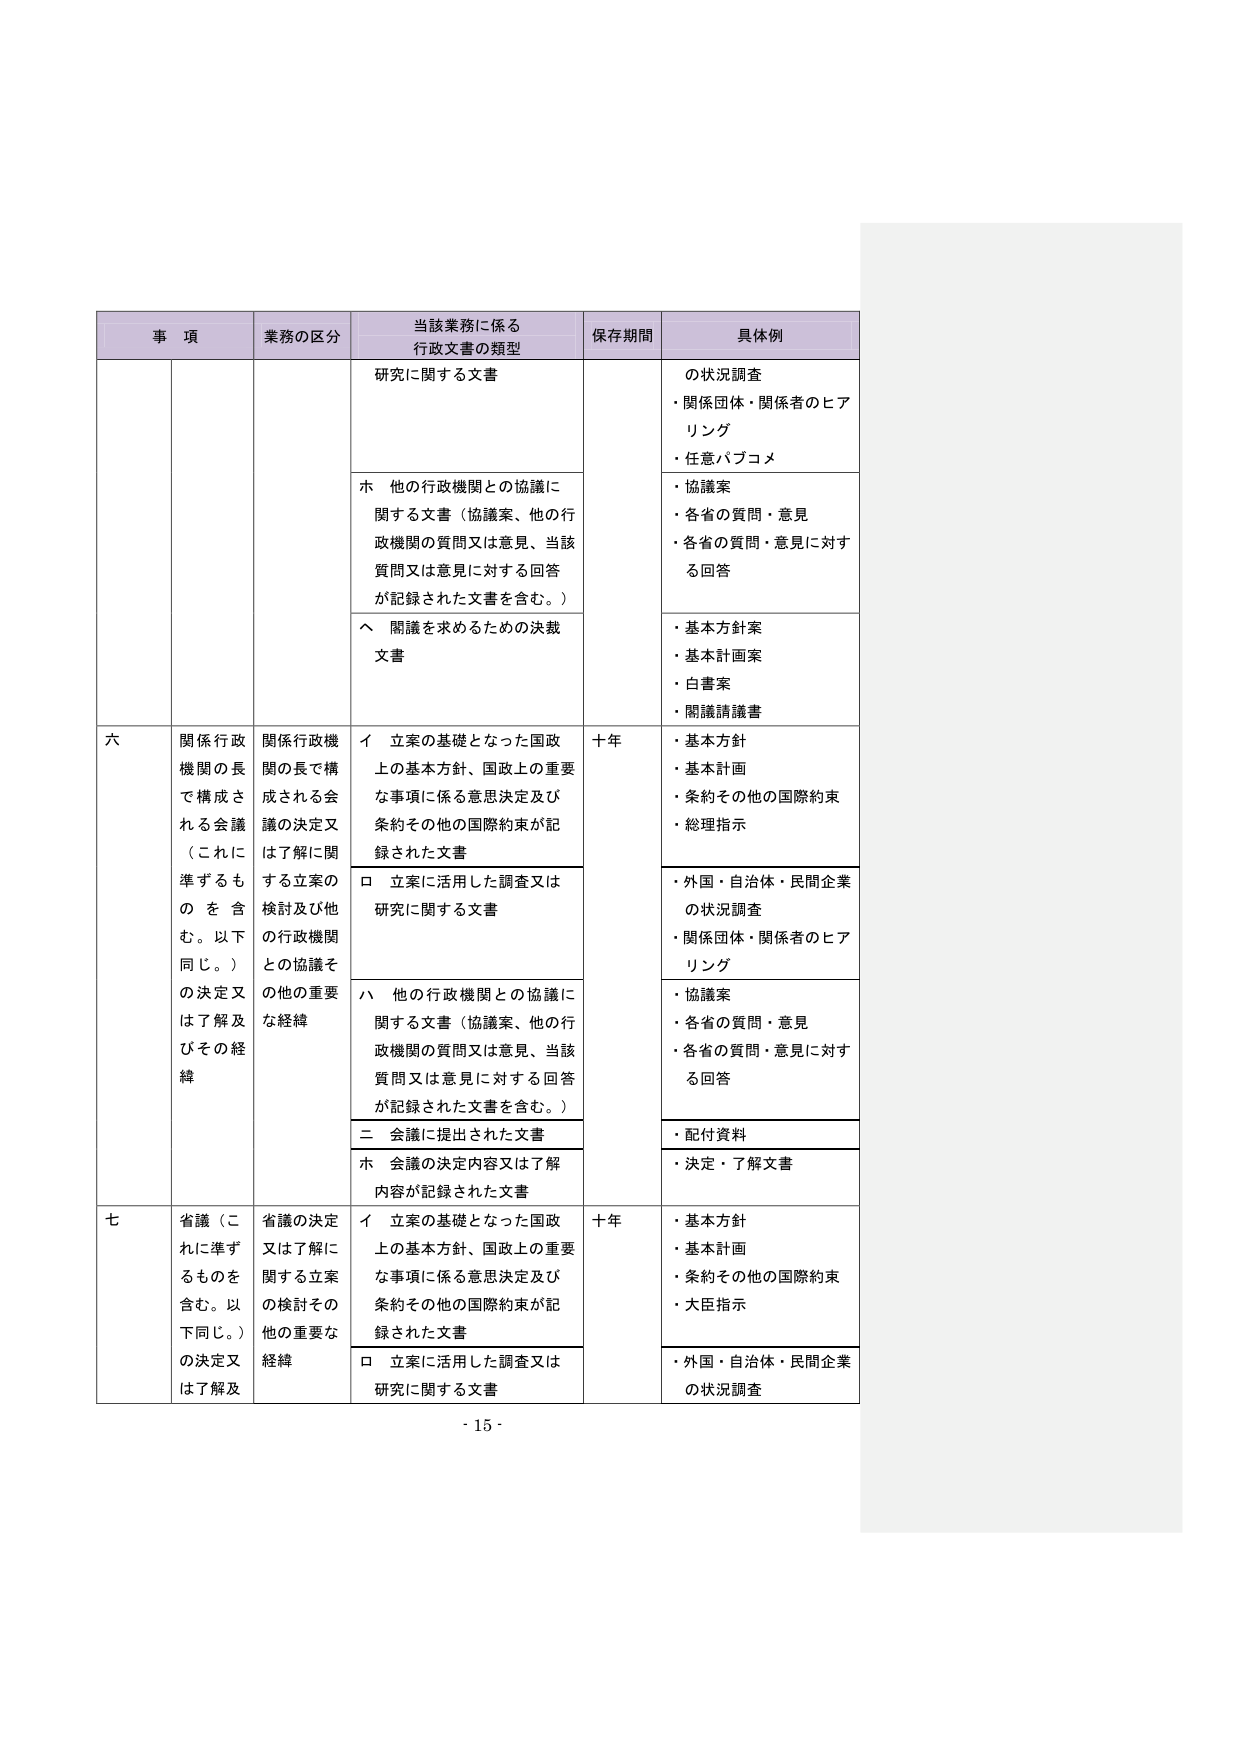
事 項 業務の区分 当該業務に係る 行政文書の類型 保存期間 具体例 研究に関する文書 の状況調査 ・関係団体・関係者のヒア リング ・任意パブコメ ホ 他の行政機関との協議に 関する文書（協議案、他の行 政機関の質問又は意見、当該 質問又は意見に対する回答 が記録された文書を含む。） ・協議案 ・各省の質問・意見 ・各省の質問・意見に対す る回答 ヘ 閣議を求めるための決裁 文書 ・基本方針案 ・基本計画案 ・白書案 ・閣議請議書 六 関係行政 機関の長 で構成さ れる会議 （これに 準ずるも の を 含 む。以下 同じ。） の決定又 は了解及 びその経 緯 関係行政機 関の長で構 成される会 議の決定又 は了解に関 する立案の 検討及び他 の行政機関 との協議そ の他の重要 な経緯 イ 立案の基礎となった国政 上の基本方針、国政上の重要 な事項に係る意思決定及び 条約その他の国際約束が記 録された文書 十年 ・基本方針 ・基本計画 ・条約その他の国際約束 ・総理指示 ロ 立案に活用した調査又は 研究に関する文書 ・外国・自治体・民間企業 の状況調査 ・関係団体・関係者のヒア リング ハ 他の行政機関との協議に 関する文書（協議案、他の行 政機関の質問又は意見、当該 質問又は意見に対する回答 が記録された文書を含む。） ・協議案 ・各省の質問・意見 ・各省の質問・意見に対す る回答 二 会議に提出された文書 ・配付資料 ホ 会議の決定内容又は了解 内容が記録された文書 ・決定・了解文書 七 省議（こ れに準ず るものを 含む。以 下同じ。） の決定又 は了解及 省議の決定 又は了解に 関する立案 の検討その 他の重要な 経緯 イ 立案の基礎となった国政 上の基本方針、国政上の重要 な事項に係る意思決定及び 条約その他の国際約束が記 録された文書 十年 ・基本方針 ・基本計画 ・条約その他の国際約束 ・大臣指示 ロ 立案に活用した調査又は 研究に関する文書 ・外国・自治体・民間企業 の状況調査 - 15 -